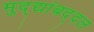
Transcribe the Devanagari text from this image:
मुद्द्यांबद्दल